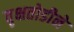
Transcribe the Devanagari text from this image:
वृक्षतोडीने